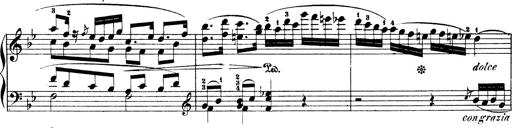
Title: Illustrations de l'opÃ©ra L'Africaine
Composer: Franz Liszt